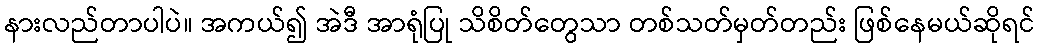
နားလည်တာပါပဲ။ အကယ်၍ အဲဒီ အာရုံပြု သိစိတ်တွေသာ တစ်သတ်မှတ်တည်း ဖြစ်နေမယ်ဆိုရင်